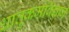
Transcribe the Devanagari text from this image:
धातुकर्मविज्ञान